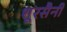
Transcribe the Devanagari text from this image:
शूरसैनी